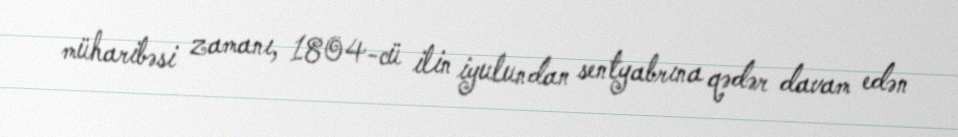
müharibəsi zamanı, 1804-cü ilin iyulundan sentyabrına qədər davam edən